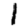
Digit: 1